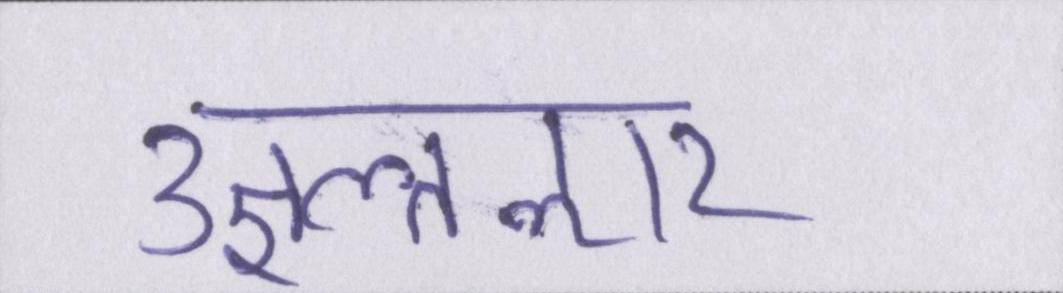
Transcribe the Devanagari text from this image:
उज्ञल्तऌार